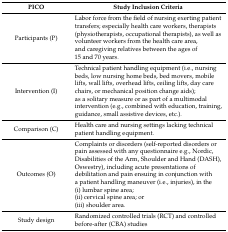
| PICO | Study Inclusion Criteria |
 | --- | --- |
 | Participants (P) | Labor force from the field of nursing exerting patient transfers; especially health care workers, therapists (physiotherapists, occupational therapists), as well as volunteer workers from the health care area, and caregiving relatives between the ages of 15 and 70 years. |
 | Intervention (I) | Technical patient handling equipment (i.e., nursing beds, low nursing home beds, bed movers, mobile lifts, wall lifts, overhead lifts, ceiling lifts, day care chairs, or mechanical position change aids); as a solitary measure or as part of a multimodal intervention (e.g., combined with education, training, guidance, small assistive devices, etc.). |
 | Comparison (C) | Health care and nursing settings lacking technical patient handling equipment. |
 | Outcomes (O) | Complaints or disorders (self-reported disorders or pain assessed with any questionnaire e.g., Nordic, Disabilities of the Arm, Shoulder and Hand (DASH), Oswestry), including acute presentations of debilitation and pain ensuing in conjunction with a patient handling maneuver (i.e., injuries), in the(i) lumbar spine area;(ii) cervical spine area; or(iii) shoulder area. |
 | Study design | Randomized controlled trials (RCT) and controlled before-after (CBA) studies |